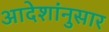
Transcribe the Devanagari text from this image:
आदेशांनुसार